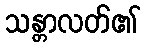
သန္တာလတ်၏